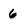
Character: 6